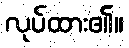
လုပ်ထား၏။